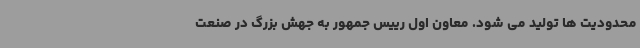
محدودیت ها تولید می شود. معاون اول رییس جمهور به جهش بزرگ در صنعت